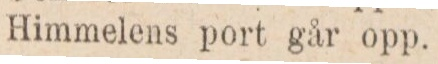
Himmelens port går opp.